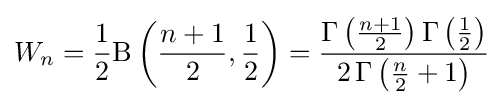
W_{n}={\frac {1}{2}}\mathrm {B} \left({\frac {n+1}{2}},{\frac {1}{2}}\right)={\frac {\Gamma \left({\tfrac {n+1}{2}}\right)\Gamma \left({\tfrac {1}{2}}\right)}{2\,\Gamma \left({\tfrac {n}{2}}+1\right)}}